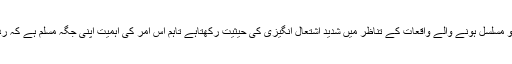
اسی دوران ناموسِ رسالت پر حملہ کا واقعہ بھی ہواہے جو مسلسل ہونے والے واقعات کے تناظر میں شدید اشتعال انگیزی کی حیثیت رکھتاہے تاہم اس امر کی اہمیت اپنی جگہ مسلم ہے کہ ردعمل میں پُر امن تحریک دیر پا نتائج کی حامل ہوتی ہے۔